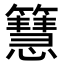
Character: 𥶙